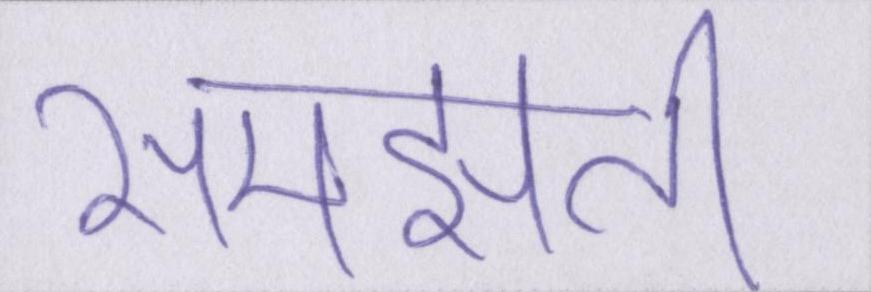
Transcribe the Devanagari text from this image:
समझती